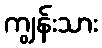
ကျွန်းသား